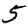
Digit: 5